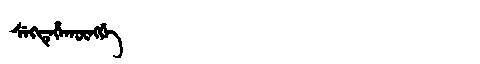
Manchu: ᠰᡝᡴᡨᡝᡥᠠᡴᡡᠩᡤᡝ
Romanization: SEKTEHAKŪNGGE